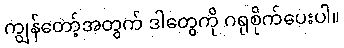
ကျွန်တော့်အတွက် ဒါတွေကို ဂရုစိုက်ပေးပါ။